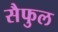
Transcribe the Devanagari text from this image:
सैफुल